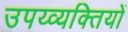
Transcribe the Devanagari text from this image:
उपय्व्यक्तियों